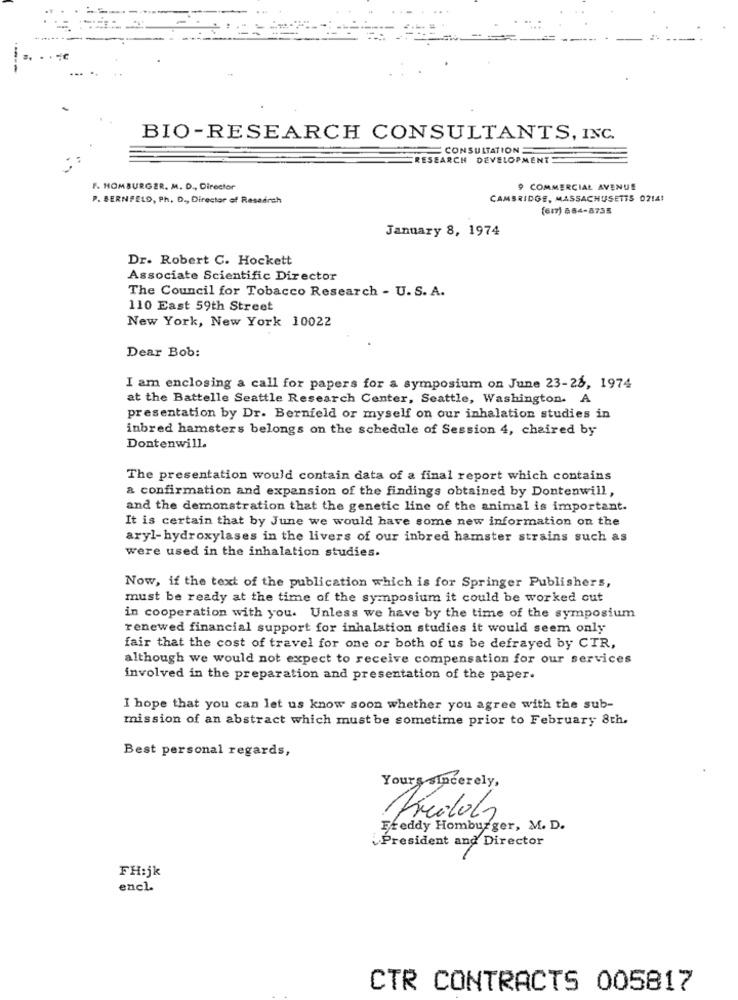
----
BIO-RESEARCH CONSULTANTS, INC.
CONSULTATION
RESEARCH DEVELOPMENT
F. HOMBURGER. M. D ., Director
9 COMMERCIAL AVENUE
P. BERNFELD, Ph. D ., Director of Research
CAMBRIDGE, MASSACHUSETTS 0214!
(617) 884-8735
January 8, 1974
Dr. Robert C. Hockett
Associate Scientific Director
The Council for Tobacco Research - U. S. A.
110 East 59th Street
New York, New York 10022
Dear Bob:
I am enclosing a call for papers for a symposium on June 23-26, 1974
at the Battelle Seattle Research Center, Seattle, Washington. A
presentation by Dr. Bernfeld or myself on our inhalation studies in
inbred hamsters belongs on the schedule of Session 4, chaired by
Dontenwill.
The presentation would contain data of a final report which contains
a confirmation and expansion of the findings obtained by Dontenwill,
and the demonstration that the genetic line of the animal is important.
It is certain that by June we would have some new information on the
aryl- hydroxylases in the livers of our inbred hamster strains such as
were used in the inhalation studies.
Now, if the text of the publication which is for Springer Publishers,
must be ready at the time of the symposium it could be worked out
in cooperation with you. Unless we have by the time of the symposium
renewed financial support for inhalation studies it would seem only
fair that the cost of travel for one or both of us be defrayed by CTR,
although we would not expect to receive compensation for our services
involved in the preparation and presentation of the paper.
I hope that you can let us know soon whether you agree with the sub-
mission of an abstract which must be sometime prior to February 8th.
Best personal regards,
Yours sincerely,
Freddy Homburger, M. D.
President and Director
FH:jk
encl.
CTR CONTRACTS 005817